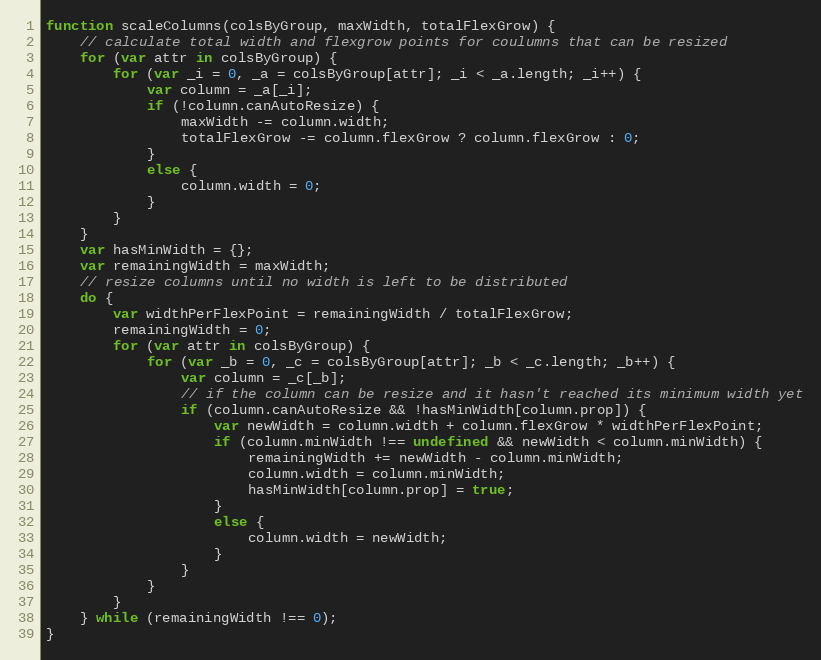
Language: JavaScript
function scaleColumns(colsByGroup, maxWidth, totalFlexGrow) {
    // calculate total width and flexgrow points for coulumns that can be resized
    for (var attr in colsByGroup) {
        for (var _i = 0, _a = colsByGroup[attr]; _i < _a.length; _i++) {
            var column = _a[_i];
            if (!column.canAutoResize) {
                maxWidth -= column.width;
                totalFlexGrow -= column.flexGrow ? column.flexGrow : 0;
            }
            else {
                column.width = 0;
            }
        }
    }
    var hasMinWidth = {};
    var remainingWidth = maxWidth;
    // resize columns until no width is left to be distributed
    do {
        var widthPerFlexPoint = remainingWidth / totalFlexGrow;
        remainingWidth = 0;
        for (var attr in colsByGroup) {
            for (var _b = 0, _c = colsByGroup[attr]; _b < _c.length; _b++) {
                var column = _c[_b];
                // if the column can be resize and it hasn't reached its minimum width yet
                if (column.canAutoResize && !hasMinWidth[column.prop]) {
                    var newWidth = column.width + column.flexGrow * widthPerFlexPoint;
                    if (column.minWidth !== undefined && newWidth < column.minWidth) {
                        remainingWidth += newWidth - column.minWidth;
                        column.width = column.minWidth;
                        hasMinWidth[column.prop] = true;
                    }
                    else {
                        column.width = newWidth;
                    }
                }
            }
        }
    } while (remainingWidth !== 0);
}